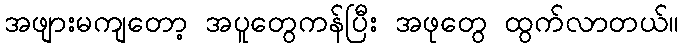
အဖျားမကျတော့ အပူတွေကန်ပြီး အဖုတွေ ထွက်လာတယ်။